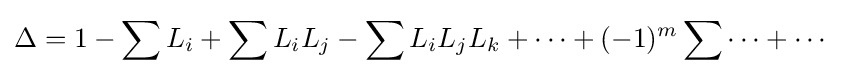
\Delta =1-\sum L_{i}+\sum L_{i}L_{j}-\sum L_{i}L_{j}L_{k}+\cdots +(-1)^{m}\sum \cdots +\cdots